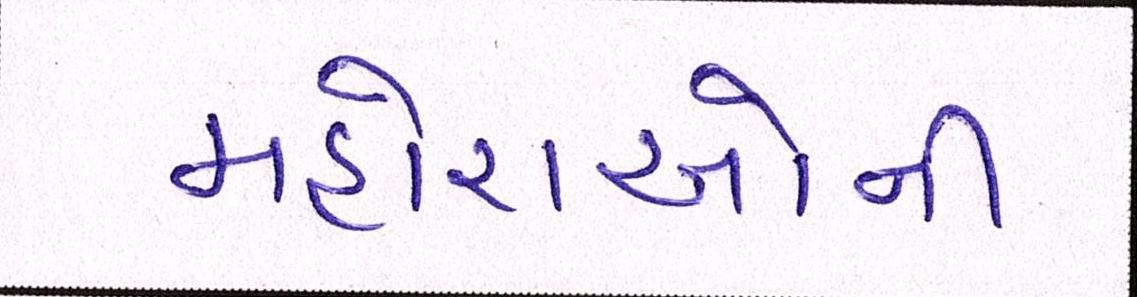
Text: મહોરાઓની